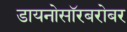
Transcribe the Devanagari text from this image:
डायनोसॉरबरोबर